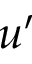
u ^ { \prime }